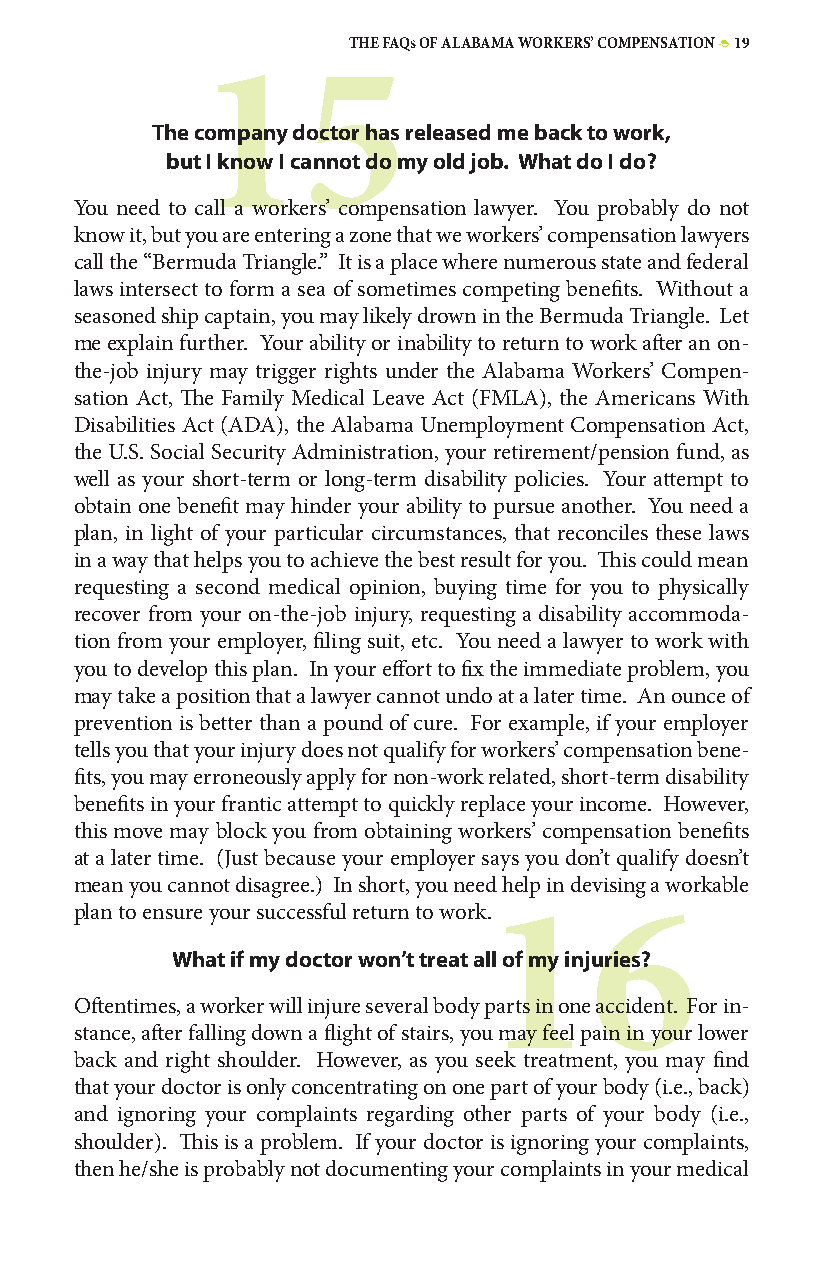
THE FAQs OF ALABAMA WORKERS’ COMPENSATION • 19
 15
 The company doctor has released me back to work,
 but I know I cannot do my old job. What do I do?
 You need to call a workers’ compensation lawyer. You probably do not
 know it, but you are entering a zone that we workers’ compensation lawyers
 call the “Bermuda Triangle.” It is a place where numerous state and federal
 laws intersect to form a sea of sometimes competing benefits. Without a
 seasoned ship captain, you may likely drown in the Bermuda Triangle. Let
 me explain further. Your ability or inability to return to work after an on-
 the-job injury may trigger rights under the Alabama Workers’ Compen-
 sation Act, The Family Medical Leave Act (FMLA), the Americans With
 Disabilities Act (ADA), the Alabama Unemployment Compensation Act,
 the U.S. Social Security Administration, your retirement/pension fund, as
 well as your short-term or long-term disability policies. Your attempt to
 obtain one benefit may hinder your ability to pursue another. You need a
 plan, in light of your particular circumstances, that reconciles these laws
 in a way that helps you to achieve the best result for you. This could mean
 requesting a second medical opinion, buying time for you to physically
 recover from your on-the-job injury, requesting a disability accommoda-
 tion from your employer, filing suit, etc. You need a lawyer to work with
 you to develop this plan. In your effort to fix the immediate problem, you
 may take a position that a lawyer cannot undo at a later time. An ounce of
 prevention is better than a pound of cure. For example, if your employer
 tells you that your injury does not qualify for workers’ compensation bene-
 fits, you may erroneously apply for non-work related, short-term disability
 benefits in your frantic attempt to quickly replace your income. However,
 this move may block you from obtaining workers’ compensation benefits
 at a later time. (Just because your employer says you don’t qualify doesn’t
 mean you cannot disagree.) In short, you need help in devising a workable
 plan to ensure your successful return to work.
 16
 What if my doctor won’t treat all of my injuries?
 Oftentimes, a worker will injure several body parts in one accident. For in-
 stance, after falling down a flight of stairs, you may feel pain in your lower
 back and right shoulder. However, as you seek treatment, you may find
 that your doctor is only concentrating on one part of your body (i.e., back)
 and ignoring your complaints regarding other parts of your body (i.e.,
 shoulder). This is a problem. If your doctor is ignoring your complaints,
 then he/she is probably not documenting your complaints in your medical